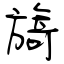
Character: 旖